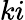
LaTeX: ki